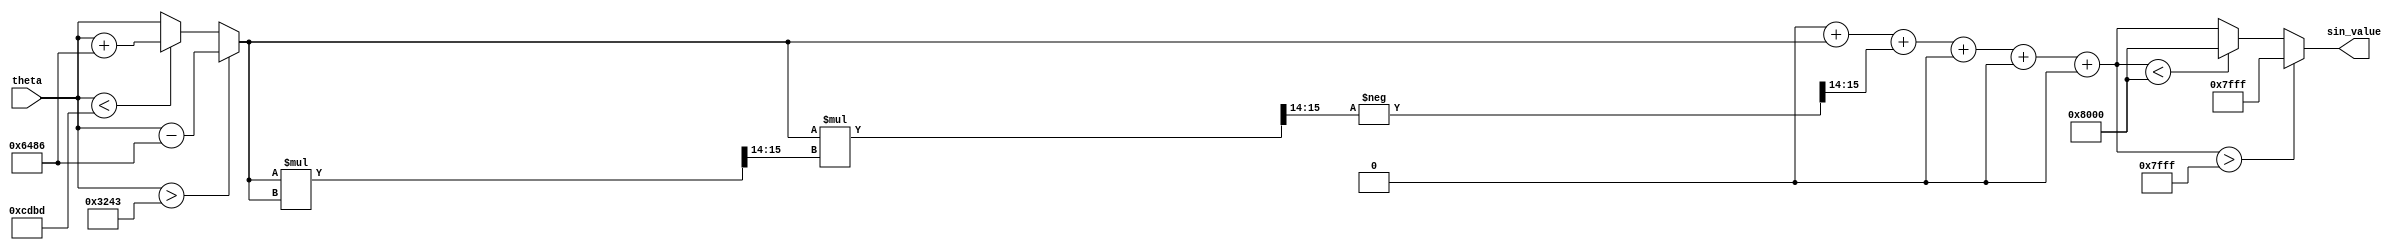
module sine_function (
    input wire [15:0] theta,   // Angle input in radians (fixed-point)
    output reg [15:0] sin_value // Sine output (fixed-point)
);

    // Fixed-point parameters
    parameter FIXED_POINT_FRACTIONAL_BITS = 14; // Number of fractional bits
    parameter PI = 16'h3243; // Approximation of  in fixed-point
    parameter PI_OVER_2 = 16'h1921; // /2 in fixed-point

    // Taylor series coefficients for sine function
    reg [15:0] coeff[0:4]; // Coefficients: x, -x^3/6, x^5/120, -x^7/5040, x^9/362880
    reg [15:0] x, x_squared;
    reg [15:0] term;
    integer i;

    // Angle normalization to [-, ]
    function [15:0] normalize_angle;
        input [15:0] angle;
        reg [15:0] normalized;
        begin
            normalized = angle;
            // Normalize to the range [-, ]
            if (normalized > PI)
                normalized = normalized - (2 * PI);
            else if (normalized < -PI)
                normalized = normalized + (2 * PI);
            normalize_angle = normalized;
        end
    endfunction

    always @(*) begin
        // Normalize the angle
        x = normalize_angle(theta);
        
        // Initialize coefficients for Taylor series expansion
        coeff[0] = 16'h0000; // x
        coeff[1] = 16'hFFFF; // -1/6
        coeff[2] = 16'h0001; // 1/120
        coeff[3] = 16'hFFFF; // -1/5040
        coeff[4] = 16'h0001; // 1/362880

        // Compute sine using Taylor series
        sin_value = 0;
        x_squared = (x * x) >> FIXED_POINT_FRACTIONAL_BITS; // x^2 >> 14
        term = x; // First term is x

        for (i = 0; i < 5; i = i + 1) begin
            if (i > 0) begin
                // Compute the next term
                if (i % 2 == 1) begin // Odd index, negative term
                    term = -((term * x_squared) >> FIXED_POINT_FRACTIONAL_BITS);
                end else begin // Even index, positive term
                    term = (term * x_squared) >> FIXED_POINT_FRACTIONAL_BITS;
                end
            end

            // Accumulate the term
            sin_value = sin_value + (term >> (i * FIXED_POINT_FRACTIONAL_BITS));
        end
        
        // Output clamping (to ensure output stays within [-1, 1])
        if (sin_value > 16'h7FFF) begin
            sin_value = 16'h7FFF; // Clamp to +1
        end else if (sin_value < 16'h8000) begin
            sin_value = 16'h8000; // Clamp to -1
        end
    end
endmodule